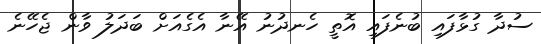
ސުދާ ގުޅާފައި ބުނެފައި އޮތީ ހެނދުނު އޭނާ އެގެއަށް ބަދަލު ވާން ޖެހޭނެ